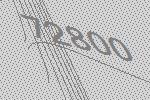
72800